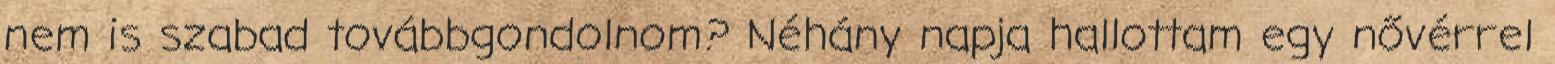
nem is szabad továbbgondolnom? Néhány napja hallottam egy nővérrel